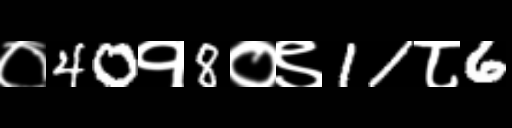
Text: ०40१8०९11८6